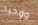
ووحيد